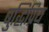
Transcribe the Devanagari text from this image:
बुद्धिप्रिय